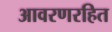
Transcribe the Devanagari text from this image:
आवरणरहित